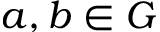
a , b \in G